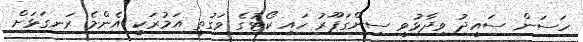
ހަސަން ސައީދު ވިދާޅުވީ ސިންގަޕޫރު ހައި ކޯޓުގެ ވަގުތީ އަމުރަކީ އެންމެ ރަނގަޅަށް